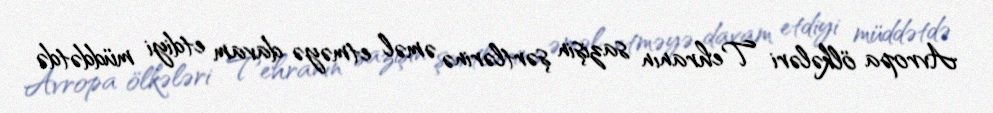
Avropa ölkələri Tehranın sazişin şərtlərinə əməl etməyə davam etdiyi müddətdə